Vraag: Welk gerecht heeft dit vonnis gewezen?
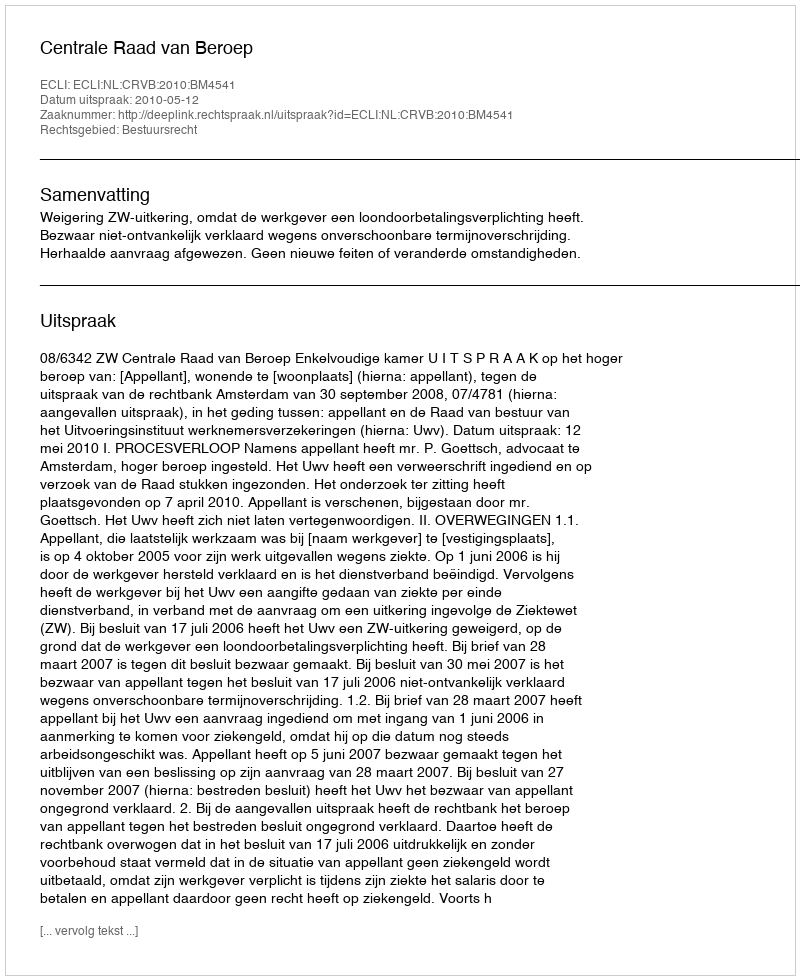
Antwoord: Centrale Raad van Beroep